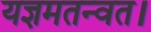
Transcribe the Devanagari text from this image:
यज्ञमतन्वत।